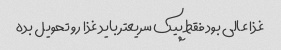
غذا عالی بود فقط پیک سریعتر باید غذا رو تحویل بده